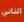
التاس